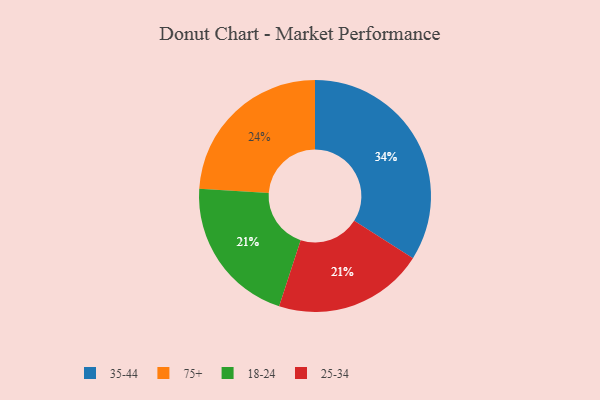
{"axis": {"x": "Category", "y": "Percentage"}, "legend": ["18-24", "25-34", "35-44", "75+"], "data": [{"x": "75+", "y": 24, "type": "75+"}, {"x": "18-24", "y": 21, "type": "18-24"}, {"x": "25-34", "y": 21, "type": "25-34"}, {"x": "35-44", "y": 34, "type": "35-44"}]}